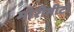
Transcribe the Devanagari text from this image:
मोरीमीटो